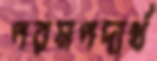
পরমপদার্থ